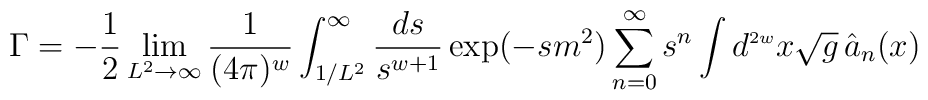
\Gamma = - \frac{1}{2} \lim_{L^2 \rightarrow \infty}		 \frac{1}{(4 \pi)^{w}} \int_{1/L^2}^{\infty}		 \frac{ds}{s^{w+1}} \exp(-s m^2) \sum_{n=0}^{\infty}		 s^{n} \int d^{\scriptscriptstyle{2 w}}x \sqrt{g} \,		\hat{a}_{n}(x)